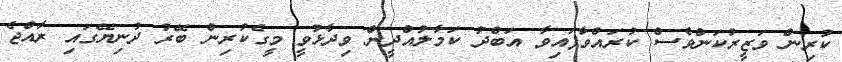
ކުރިން ވަޒީރުކަންވެސް ކުރައްވާފައިވާ އަބްދު ކަމާލުއްދީން ވިދާޅުވީ މީގެކުރިން ބޭރު ދުނިޔޭގައި ރާއްޖެ